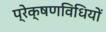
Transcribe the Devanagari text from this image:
प्रेक्षणविधियों